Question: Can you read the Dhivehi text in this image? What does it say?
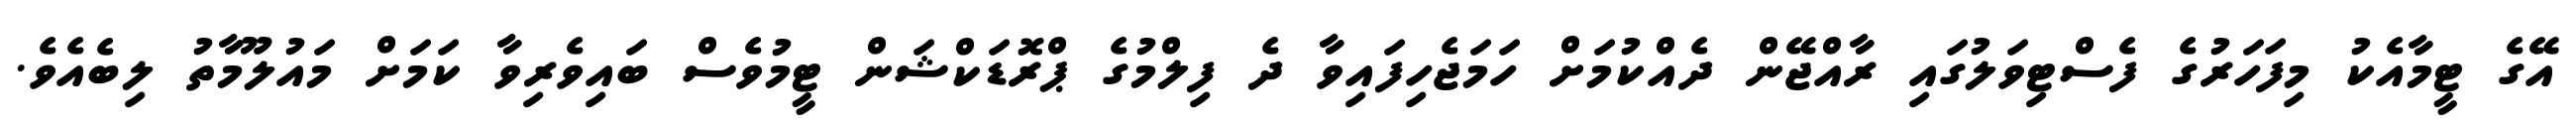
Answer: އޭގެ ޓީމާއެކު މިފަހަރުގެ ފެސްޓިވަލުގައި ރާއްޖޭން ދެއްކުމަށް ހަމަޖެހިފައިވާ ދެ ފިލްމުގެ ޕްރޮޑަކްޝަން ޓީމުވެސް ބައިވެރިވާ ކަމަށް މައުލޫމާތު ލިބެއެވެ.